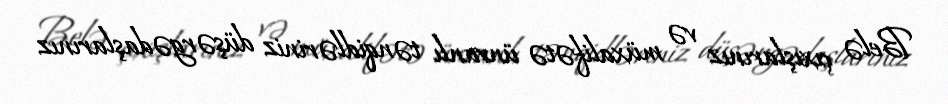
Belə çıxışlarınız və müxalifətə ünvanlı tənqidləriniz düşərgədaşlarınız